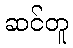
ဆင်တူ